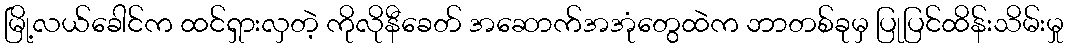
မြို့လယ်ခေါင်က ထင်ရှားလှတဲ့ ကိုလိုနီခေတ် အဆောက်အအုံတွေထဲက ဘာတစ်ခုမှ ပြုပြင်ထိန်းသိမ်းမှု